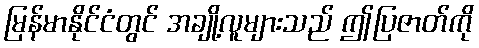
မြန်မာနိုင်ငံတွင် အချို့လူများသည် ဤပြဇာတ်ကို